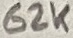
Text: 62K